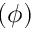
\left( \phi \right)